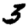
Digit: 3